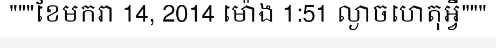
"""ខែមករា 14, 2014 ម៉ោង 1:51 ល្ងាចហេតុអ្វី"""